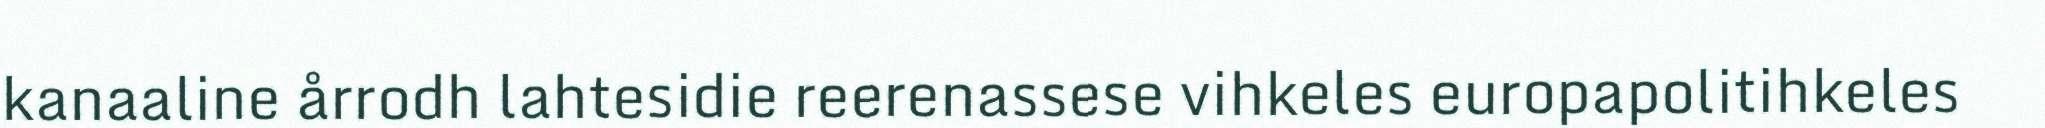
kanaaline årrodh lahtesidie reerenassese vihkeles europapolitihkeles